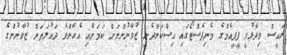
ރައީސް ވިދާޅުވީ ޕީޕީއެމްގެ މެނިފެސްޓޯގައި އިސްކަންދެނީ ޒުވާނުންނަށް ކަމަށާއި އެހެންވެ ދައުލަތަށް ޒުވާނުންގެ